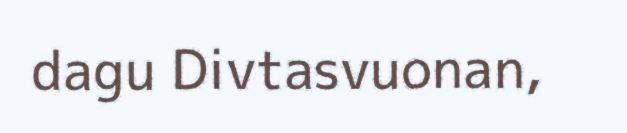
dagu Divtasvuonan,